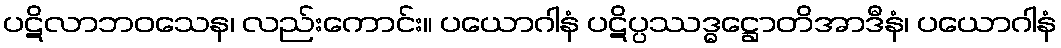
ပဋိလာဘဝသေန၊ လည်းကောင်း။ ပယောဂါနံ ပဋိပ္ပဿဒ္ဓဋ္ဌောတိအာဒီနံ၊ ပယောဂါနံ